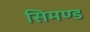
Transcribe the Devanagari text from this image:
सिमण्ड